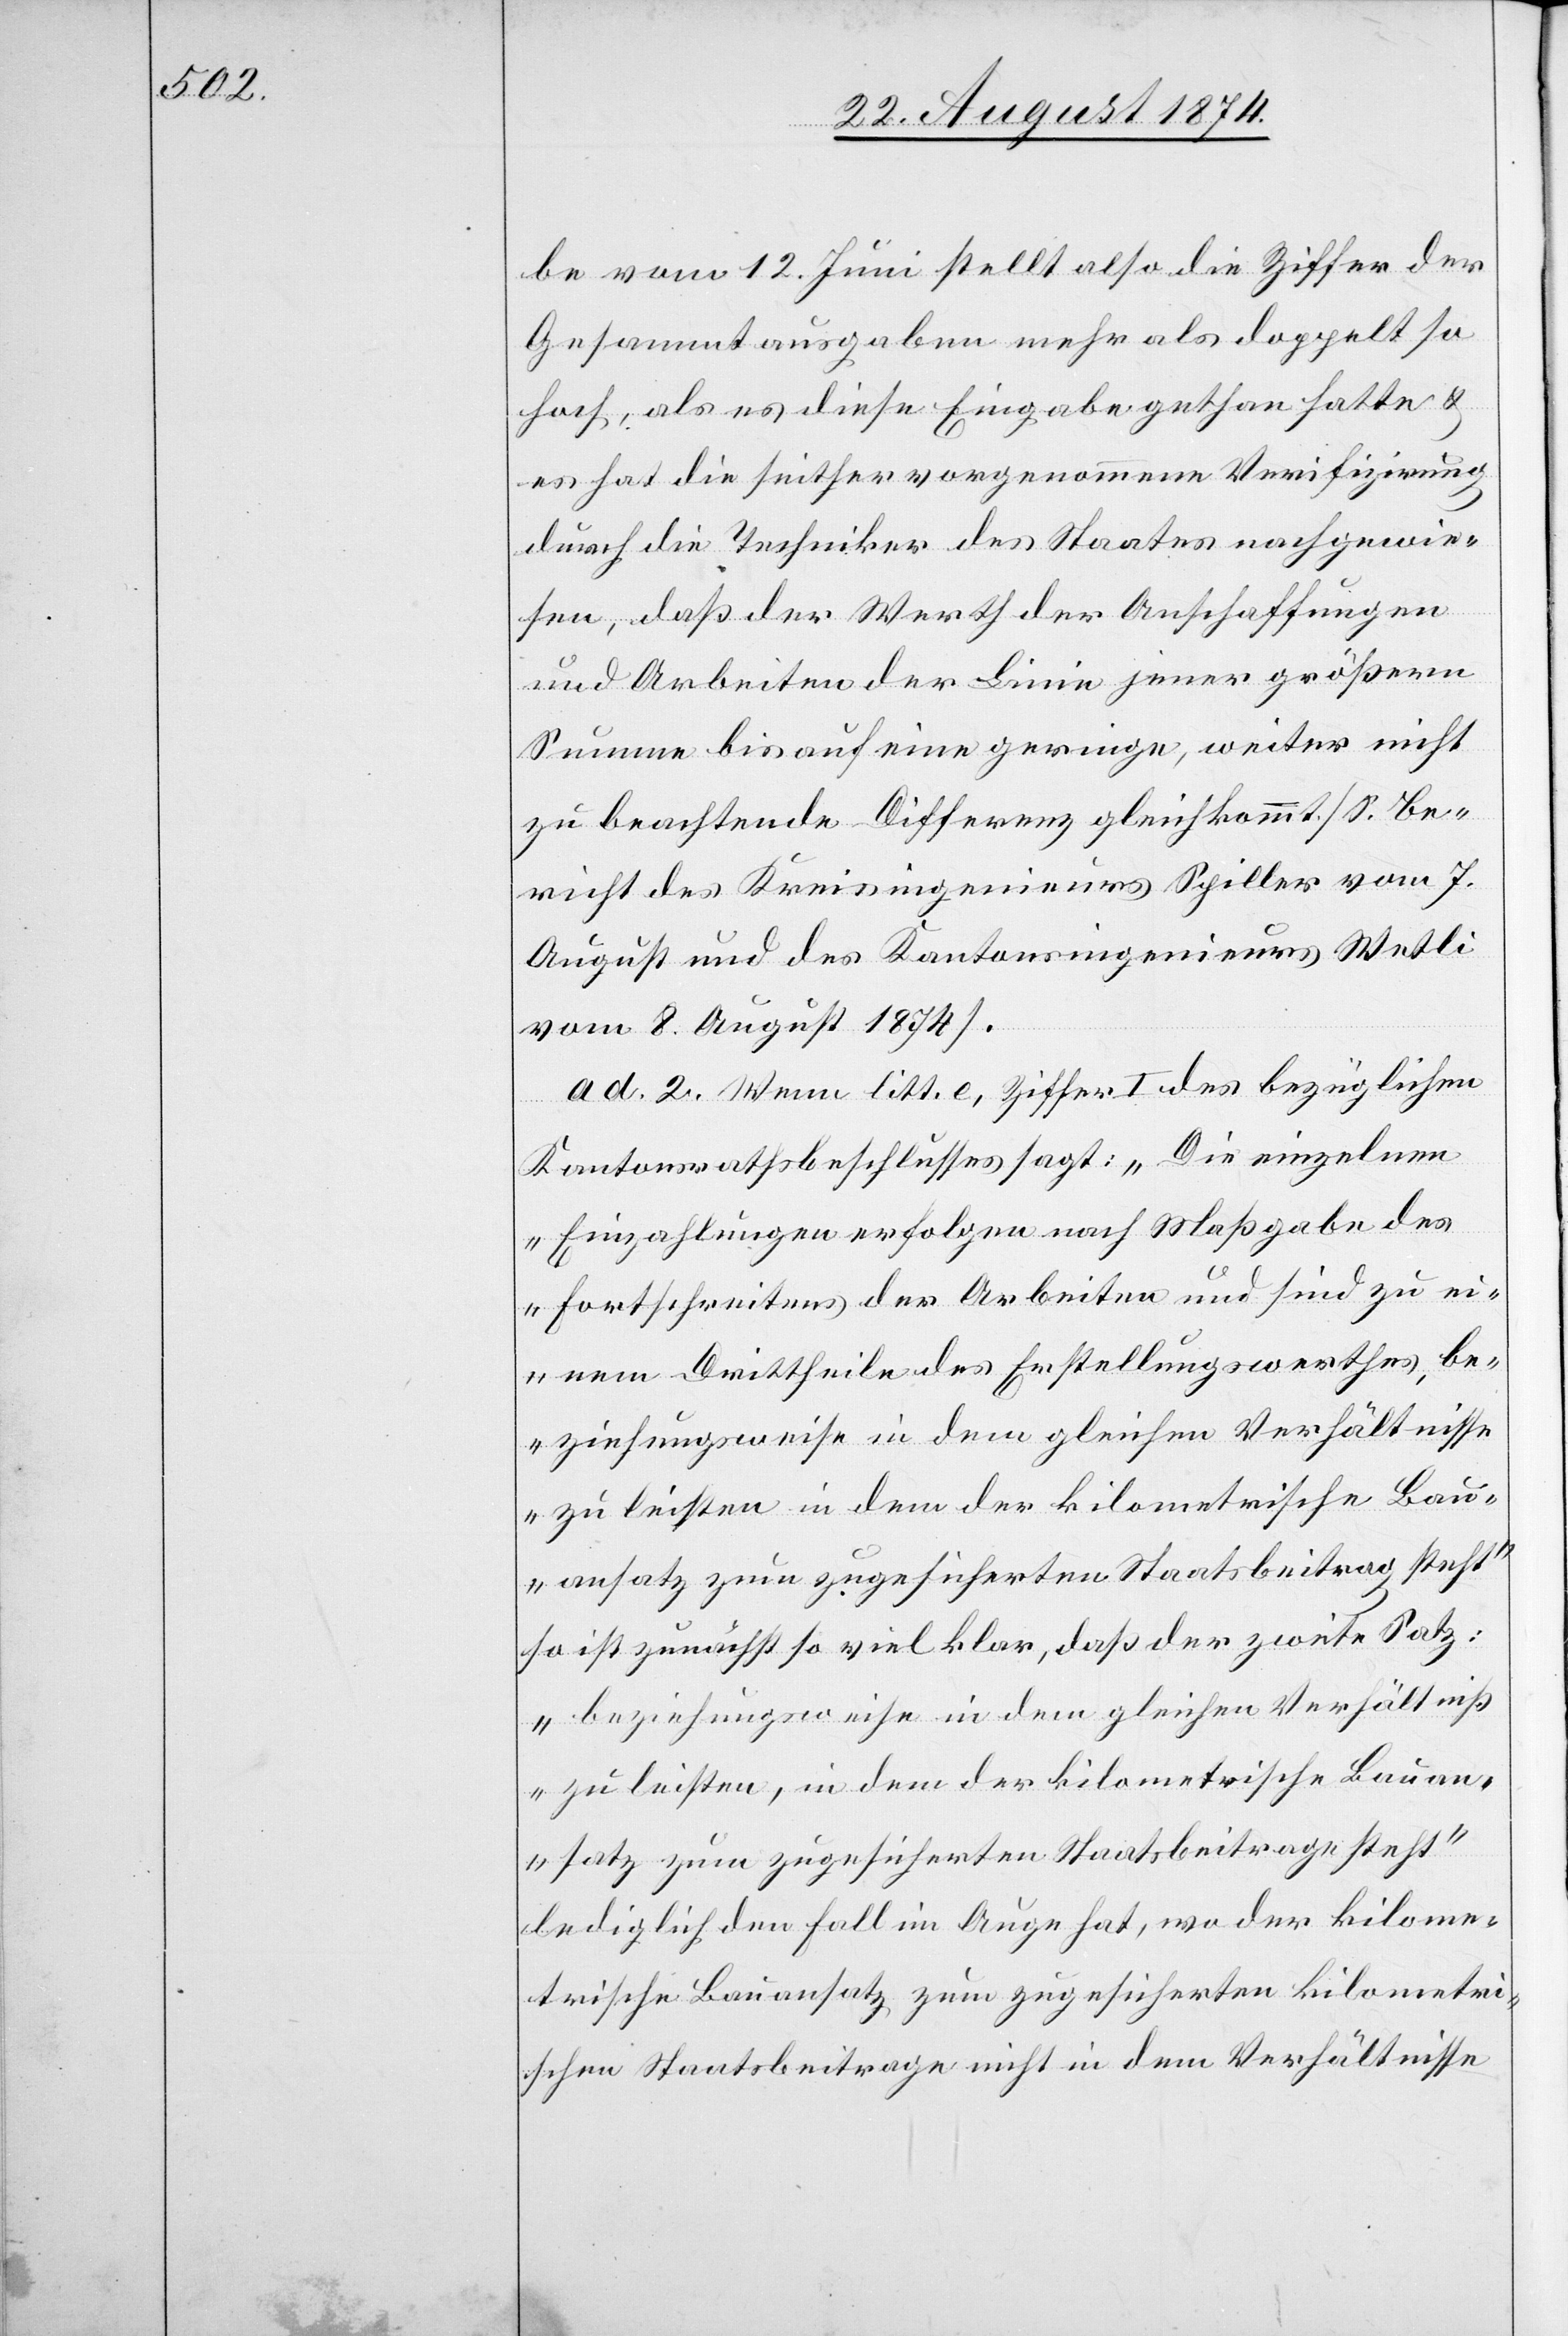
be vom 12. Juni stellt also die Ziffer der
Gesammtausgaben mehr als doppelt so
hoch, als es diese Eingabe gethan hatte u.
es hat die seither vorgenommene Verifizirung
durch die Techniker des Staates nachgewie¬
sen, daß der Werth der Anschaffungen
und Arbeiten der Linie jener größern
Summe bis auf eine geringe, weiter nicht
zu beachtende Differenz gleichkommt [S. Be¬
richt des Kreisingenieurs Spiller vom 7.
August und des Kantonsingenieurs Wetli
vom 8. August 1874].
ad. 2. Wenn litt. e, Ziffer I. des bezüglichen
Kantonsrathsbeschlusses sagt: „Die einzelnen
Einzahlungen erfolgen nach Maßgabe des
Fortschreitens der Arbeiten und sind zu ei¬
nem Drittheile des Erstellungswerthes, be¬
ziehungsweise in dem gleichen Verhältnisse
zu leisten in dem der kilometrische Bau¬
ansatz zum zugesicherten Staatsbeitrag steht“
so ist zunächst so viel klar, daß der zweite Satz:
„beziehungsweise in dem gleichen Verhältniß
zu leisten, in dem kilometrische Bauan¬
satz zum zugesicherten Staatsbeitrage steht“
lediglich den Fall im Auge hat, wo der kilome¬
trische Bauansatz zum zugesicherten kilometri¬
schen Staatsbeitrage nicht in dem Verhältnisse